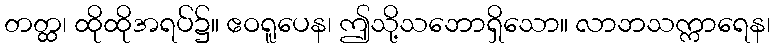
တတ္ထ၊ ထိုထိုအရပ်၌။ ဧဝရူပေန၊ ဤသို့သဘောရှိသော။ လာဘသက္ကာရေန၊